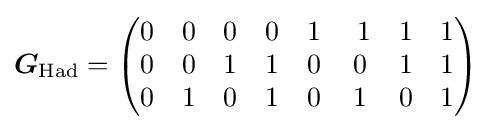
{\boldsymbol {G}}_{\mathrm {Had} }={\begin{pmatrix}0&0&0&0&1&\ 1&1&1\\0&0&1&1&0&0&1&1\\0&1&0&1&0&1&0&1\end{pmatrix}}